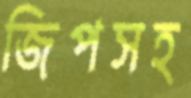
জিপসহ